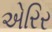
એરિર